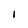
Character: 1